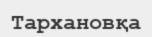
Тархановқа